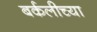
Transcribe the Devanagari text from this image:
बर्कलीच्या